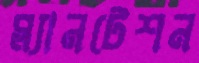
প্ল্যানটেশন